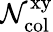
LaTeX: \mathcal{N}_{\mathrm{{col}}}^{\mathrm{{xy}}}